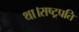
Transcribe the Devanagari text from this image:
था।राष्ट्रपति